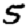
Digit: 5